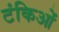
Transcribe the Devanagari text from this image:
टंकिओं